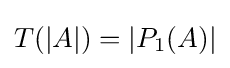
T(|A|)=|P_{1}(A)|